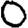
Digit: 0